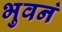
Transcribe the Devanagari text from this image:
भुवनं